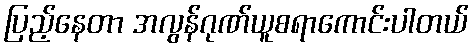
ပြည့်နေတာ အလွန်ဂုဏ်ယူစရာကောင်းပါတယ်